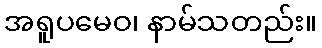
အရူပမေဝ၊ နာမ်သတည်း။